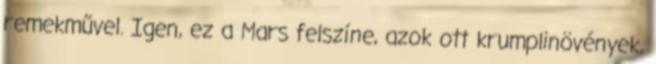
remekművel. Igen, ez a Mars felszíne, azok ott krumplinövények,